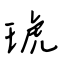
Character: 琥